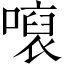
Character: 𱔨